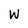
Character: W